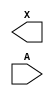
module sky130_fd_sc_ms__bufbuf (
    X,
    A
);

    output X;
    input  A;

    // Voltage supply signals
    supply1 VPWR;
    supply0 VGND;
    supply1 VPB ;
    supply0 VNB ;

endmodule